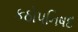
કઠોપનિષદ